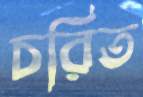
চরিত